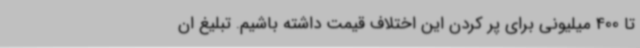
تا 400 میلیونی برای پر کردن این اختلاف قیمت داشته باشیم. تبلیغ ان